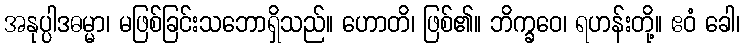
အနုပ္ပါဒဓမ္မာ၊ မဖြစ်ခြင်းသဘောရှိသည်။ ဟောတိ၊ ဖြစ်၏။ ဘိက္ခဝေ၊ ရဟန်းတို့။ ဧဝံ ခေါ၊